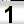
Digit: 1